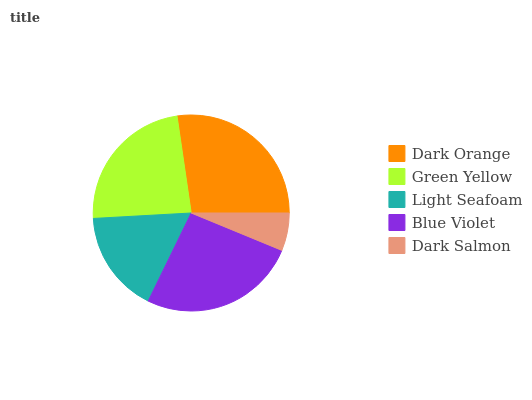
| Dark Orange | Green Yellow | Light Seafoam | Blue Violet | Dark Salmon |
 | --- | --- | --- | --- | --- |
 | 27.4% | 23.6% | 16.9% | 26% | 6.23% |